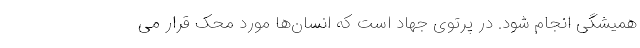
همیشگی انجام شود. در پرتوی جهاد است که انسان‌ها مورد محک قرار می‌